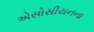
એસોસીયનના